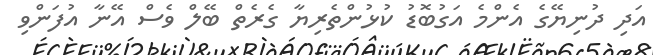
އަދި ދުނިޔޭގެ އެންމެ އަގުބޮޑު ކުޅުންތެރިޔާ ގެރެތް ބޭލް ވެސް އޭނާ އުފަންވި